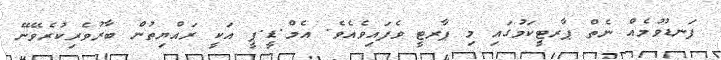
ފަނޑުވުމެއް ނެތް ޕާރޓީކަމުގައި މި ޕާރޓީ ވެފައިވެއެވެ. އެމް.ޑީ.ޕީ އަކީ ރައްޔިތުން ބާރުވެރިކުރެވޭނޭ